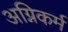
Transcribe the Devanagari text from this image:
अग्निकर्म